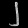
Digit: ၂